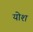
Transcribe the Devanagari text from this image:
योश